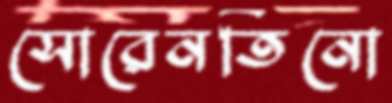
সোরেনতিনো